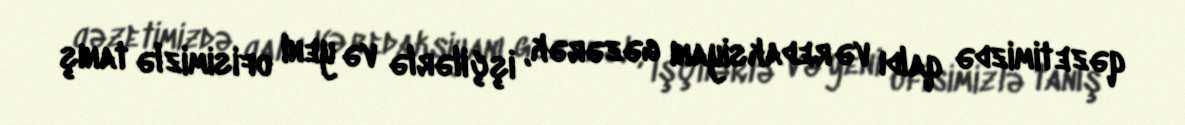
qəzetimizdə qaldı və redaksiyanı gəzərək, işçilərlə və yeni ofisimizlə tanış